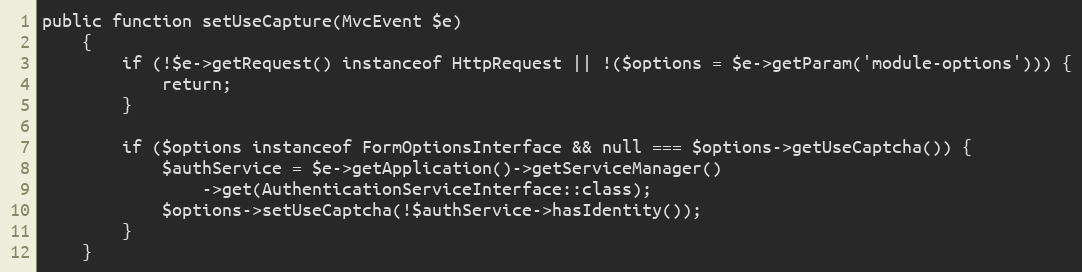
Language: PHP
public function setUseCapture(MvcEvent $e)
    {
        if (!$e->getRequest() instanceof HttpRequest || !($options = $e->getParam('module-options'))) {
            return;
        }

        if ($options instanceof FormOptionsInterface && null === $options->getUseCaptcha()) {
            $authService = $e->getApplication()->getServiceManager()
                ->get(AuthenticationServiceInterface::class);
            $options->setUseCaptcha(!$authService->hasIdentity());
        }
    }